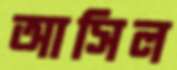
আসিল